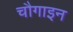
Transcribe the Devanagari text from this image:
चौगाइन